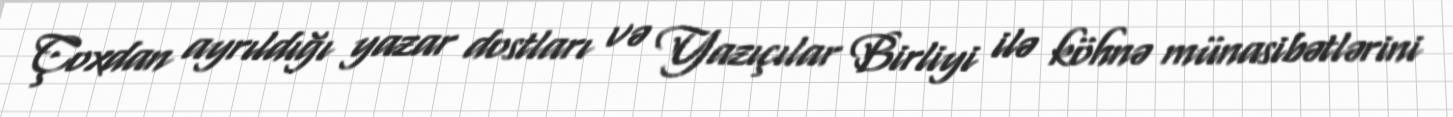
Çoxdan ayrıldığı yazar dostları və Yazıçılar Birliyi ilə köhnə münasibətlərini